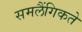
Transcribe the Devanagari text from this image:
समलैंगिकते